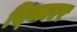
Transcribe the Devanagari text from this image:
स्क्लिएर